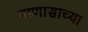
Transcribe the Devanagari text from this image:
माणासाच्या